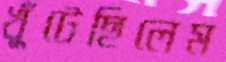
খুঁটেছিলেম